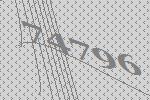
74796